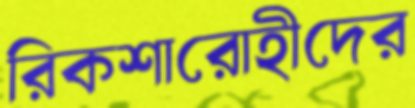
রিকশারোহীদের